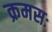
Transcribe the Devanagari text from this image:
क्रमसः